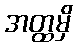
အတ္ထမှိ